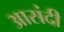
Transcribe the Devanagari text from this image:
आसंदी